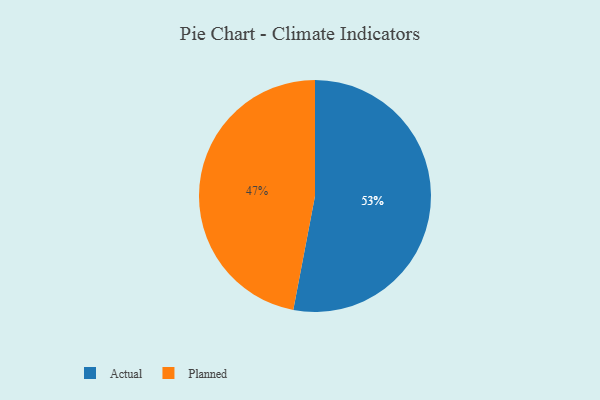
{"axis": {"x": "Category", "y": "Percentage"}, "legend": ["Actual", "Planned"], "data": [{"x": "Actual", "y": 53, "type": "Actual"}, {"x": "Planned", "y": 47, "type": "Planned"}]}